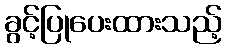
ခွင့်ပြုပေးထားသည့်